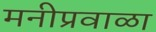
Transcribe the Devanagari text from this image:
मनीप्रवाळा